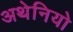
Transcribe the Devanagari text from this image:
अथेनियो